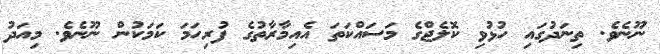
ނޫނެވެ. ތިނަދުގައި ހުޅުވި ކޮލެޖްގެ މަސައްކަތަ އެއިމާރާތުގެ ފުރިހަމަ ކަމަކުން ނޫނެވެ. މިއަދު